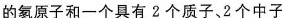
的氡原子和一个具有2个质子、2个中子